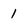
Character: 1